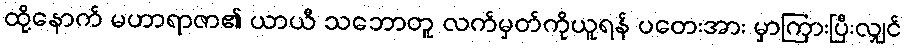
ထို့နောက် မဟာရာဇာ၏ ယာယီ သဘောတူ လက်မှတ်ကိုယူရန် ပတေးအား မှာကြားပြီးလျှင်